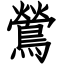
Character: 鶯